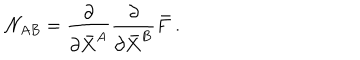
{ \cal N } _ { A B } = \frac { \partial } { \partial \bar { X } ^ { A } } \frac { \partial } { \partial \bar { X } ^ { B } } \bar { F } \ .